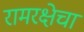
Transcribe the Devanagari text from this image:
रामरक्षेचा